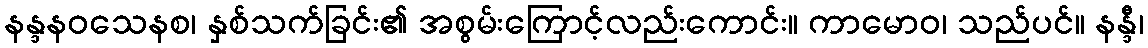
နန္ဒနဝသေနစ၊ နှစ်သက်ခြင်း၏ အစွမ်းကြောင့်လည်းကောင်း။ ကာမောဝ၊ သည်ပင်။ နန္ဒီ၊